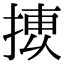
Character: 𢱿